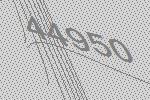
44950